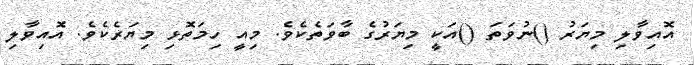
އޮއިވާލި މިޔަރު ()ނުވަތަ ()އަކީ މިޔަރުގެ ބާވަތެކެވެ. މިއީ ހިމަތޮޅި މިޔަރެކެވެ. އޮއިވާލި